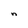
Character: n